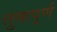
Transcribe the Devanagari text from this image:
तुकपूर्ण